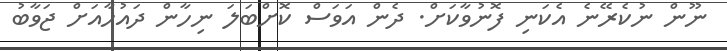
ނޫން ނުކެރޭނެ އެކަނި ފޮނުވާކަށް. ދެން އަވަސް ކޮށްބަލަ ނިހާން ދައުހާއަށް ޖަވާބު